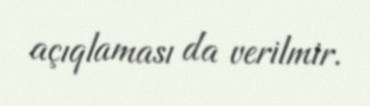
açıqlaması da verilmir.